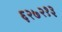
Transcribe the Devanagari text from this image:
६२७२१३